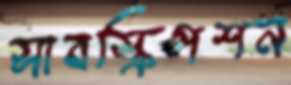
সাবস্ক্রিপশন